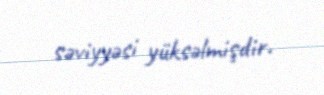
səviyyəsi yüksəlmişdir.